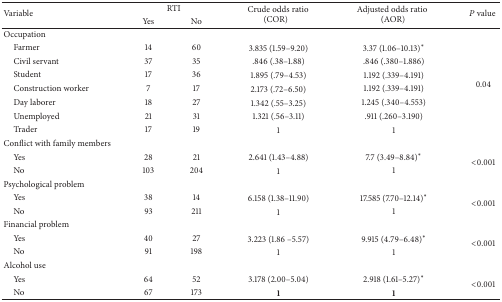
<table><thead><tr><td rowspan="2"><b>Variable</b></td><td colspan="2"><b>RTI</b></td><td rowspan="2"><b>Crude odds ratio (COR)</b></td><td rowspan="2"><b>Adjusted odds ratio (AOR)</b></td><td rowspan="2"><b><i>P</i> value </b></td></tr><tr><td><b>Yes </b></td><td><b>No</b></td></tr></thead><tbody><tr><td>Occupation</td><td> </td><td> </td><td> </td><td> </td><td> </td></tr><tr><td> Farmer</td><td>14</td><td>60</td><td>3.835 (1.59–9.20)</td><td>3.37 (1.06–10.13)∗</td><td rowspan="7">0.04</td></tr><tr><td> Civil servant</td><td>37</td><td>35</td><td>.846 (.38–1.88)</td><td>.846 (.380–1.886)</td></tr><tr><td> Student</td><td>17</td><td>36</td><td>1.895 (.79–4.53)</td><td>1.192 (.339–4.191)</td></tr><tr><td> Construction worker</td><td>7</td><td>17</td><td>2.173 (.72–6.50)</td><td>1.192 (.339–4.191)</td></tr><tr><td> Day laborer</td><td>18</td><td>27</td><td>1.342 (.55–3.25)</td><td>1.245 (.340–4.553)</td></tr><tr><td> Unemployed</td><td>21</td><td>31</td><td>1.321 (.56–3.11)</td><td>.911 (.260–3.190)</td></tr><tr><td> Trader </td><td>17</td><td>19</td><td>1</td><td>1</td></tr><tr><td>Conflict with family members</td><td> </td><td> </td><td> </td><td> </td><td> </td></tr><tr><td> Yes </td><td>28</td><td>21</td><td>2.641 (1.43–4.88)</td><td>7.7 (3.49–8.84)∗</td><td rowspan="2">&lt;0.001</td></tr><tr><td> No</td><td>103</td><td>204</td><td>1</td><td>1</td></tr><tr><td>Psychological problem</td><td> </td><td> </td><td> </td><td> </td><td> </td></tr><tr><td> Yes </td><td>38</td><td>14</td><td>6.158 (1.38–11.90)</td><td>17.585 (7.70–12.14)∗</td><td rowspan="2">&lt;0.001</td></tr><tr><td> No </td><td>93</td><td>211</td><td>1</td><td>1</td></tr><tr><td>Financial problem</td><td> </td><td> </td><td> </td><td> </td><td> </td></tr><tr><td> Yes </td><td>40</td><td>27</td><td>3.223 (1.86 –5.57)</td><td>9.915 (4.79–6.48)∗</td><td rowspan="2">&lt;0.001</td></tr><tr><td> No </td><td>91</td><td>198</td><td>1</td><td>1</td></tr><tr><td>Alcohol use</td><td> </td><td> </td><td> </td><td> </td><td> </td></tr><tr><td> Yes </td><td>64</td><td>52</td><td>3.178 (2.00–5.04)</td><td>2.918 (1.61–5.27)∗</td><td rowspan="2">&lt;0.001</td></tr><tr><td> No </td><td>67</td><td>173</td><td><b>1</b></td><td><b>1</b></td></tr></tbody></table>